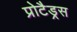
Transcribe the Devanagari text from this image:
प्रोटैड्रस